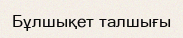
Бұлшықет талшығы